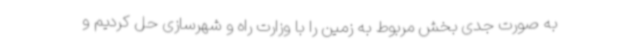
به صورت جدی بخش مربوط به زمین را با وزارت راه و شهرسازی حل کردیم و